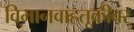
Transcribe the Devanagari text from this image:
विमानवाहतूकीवर